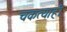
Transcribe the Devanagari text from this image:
चकत्याही